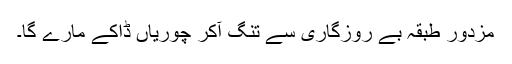
مزدور طبقہ بے روزگاری سے تنگ آکر چوریاں ڈاکے مارے گا۔